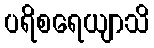
ပရိစရေယျာသိ